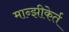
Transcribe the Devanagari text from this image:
मान्झीकेर्त